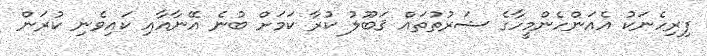
ފިރިހެނަކު އެއަންހެންމީހާގެ ޝަރުތުތައް ޤަބޫލު ކުރާ ކަމަށް ބުނެ އޭނާއާއި ކައިވެނި ކުރަން